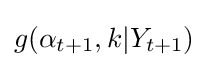
g(\alpha _{t+1},k|Y_{t+1})